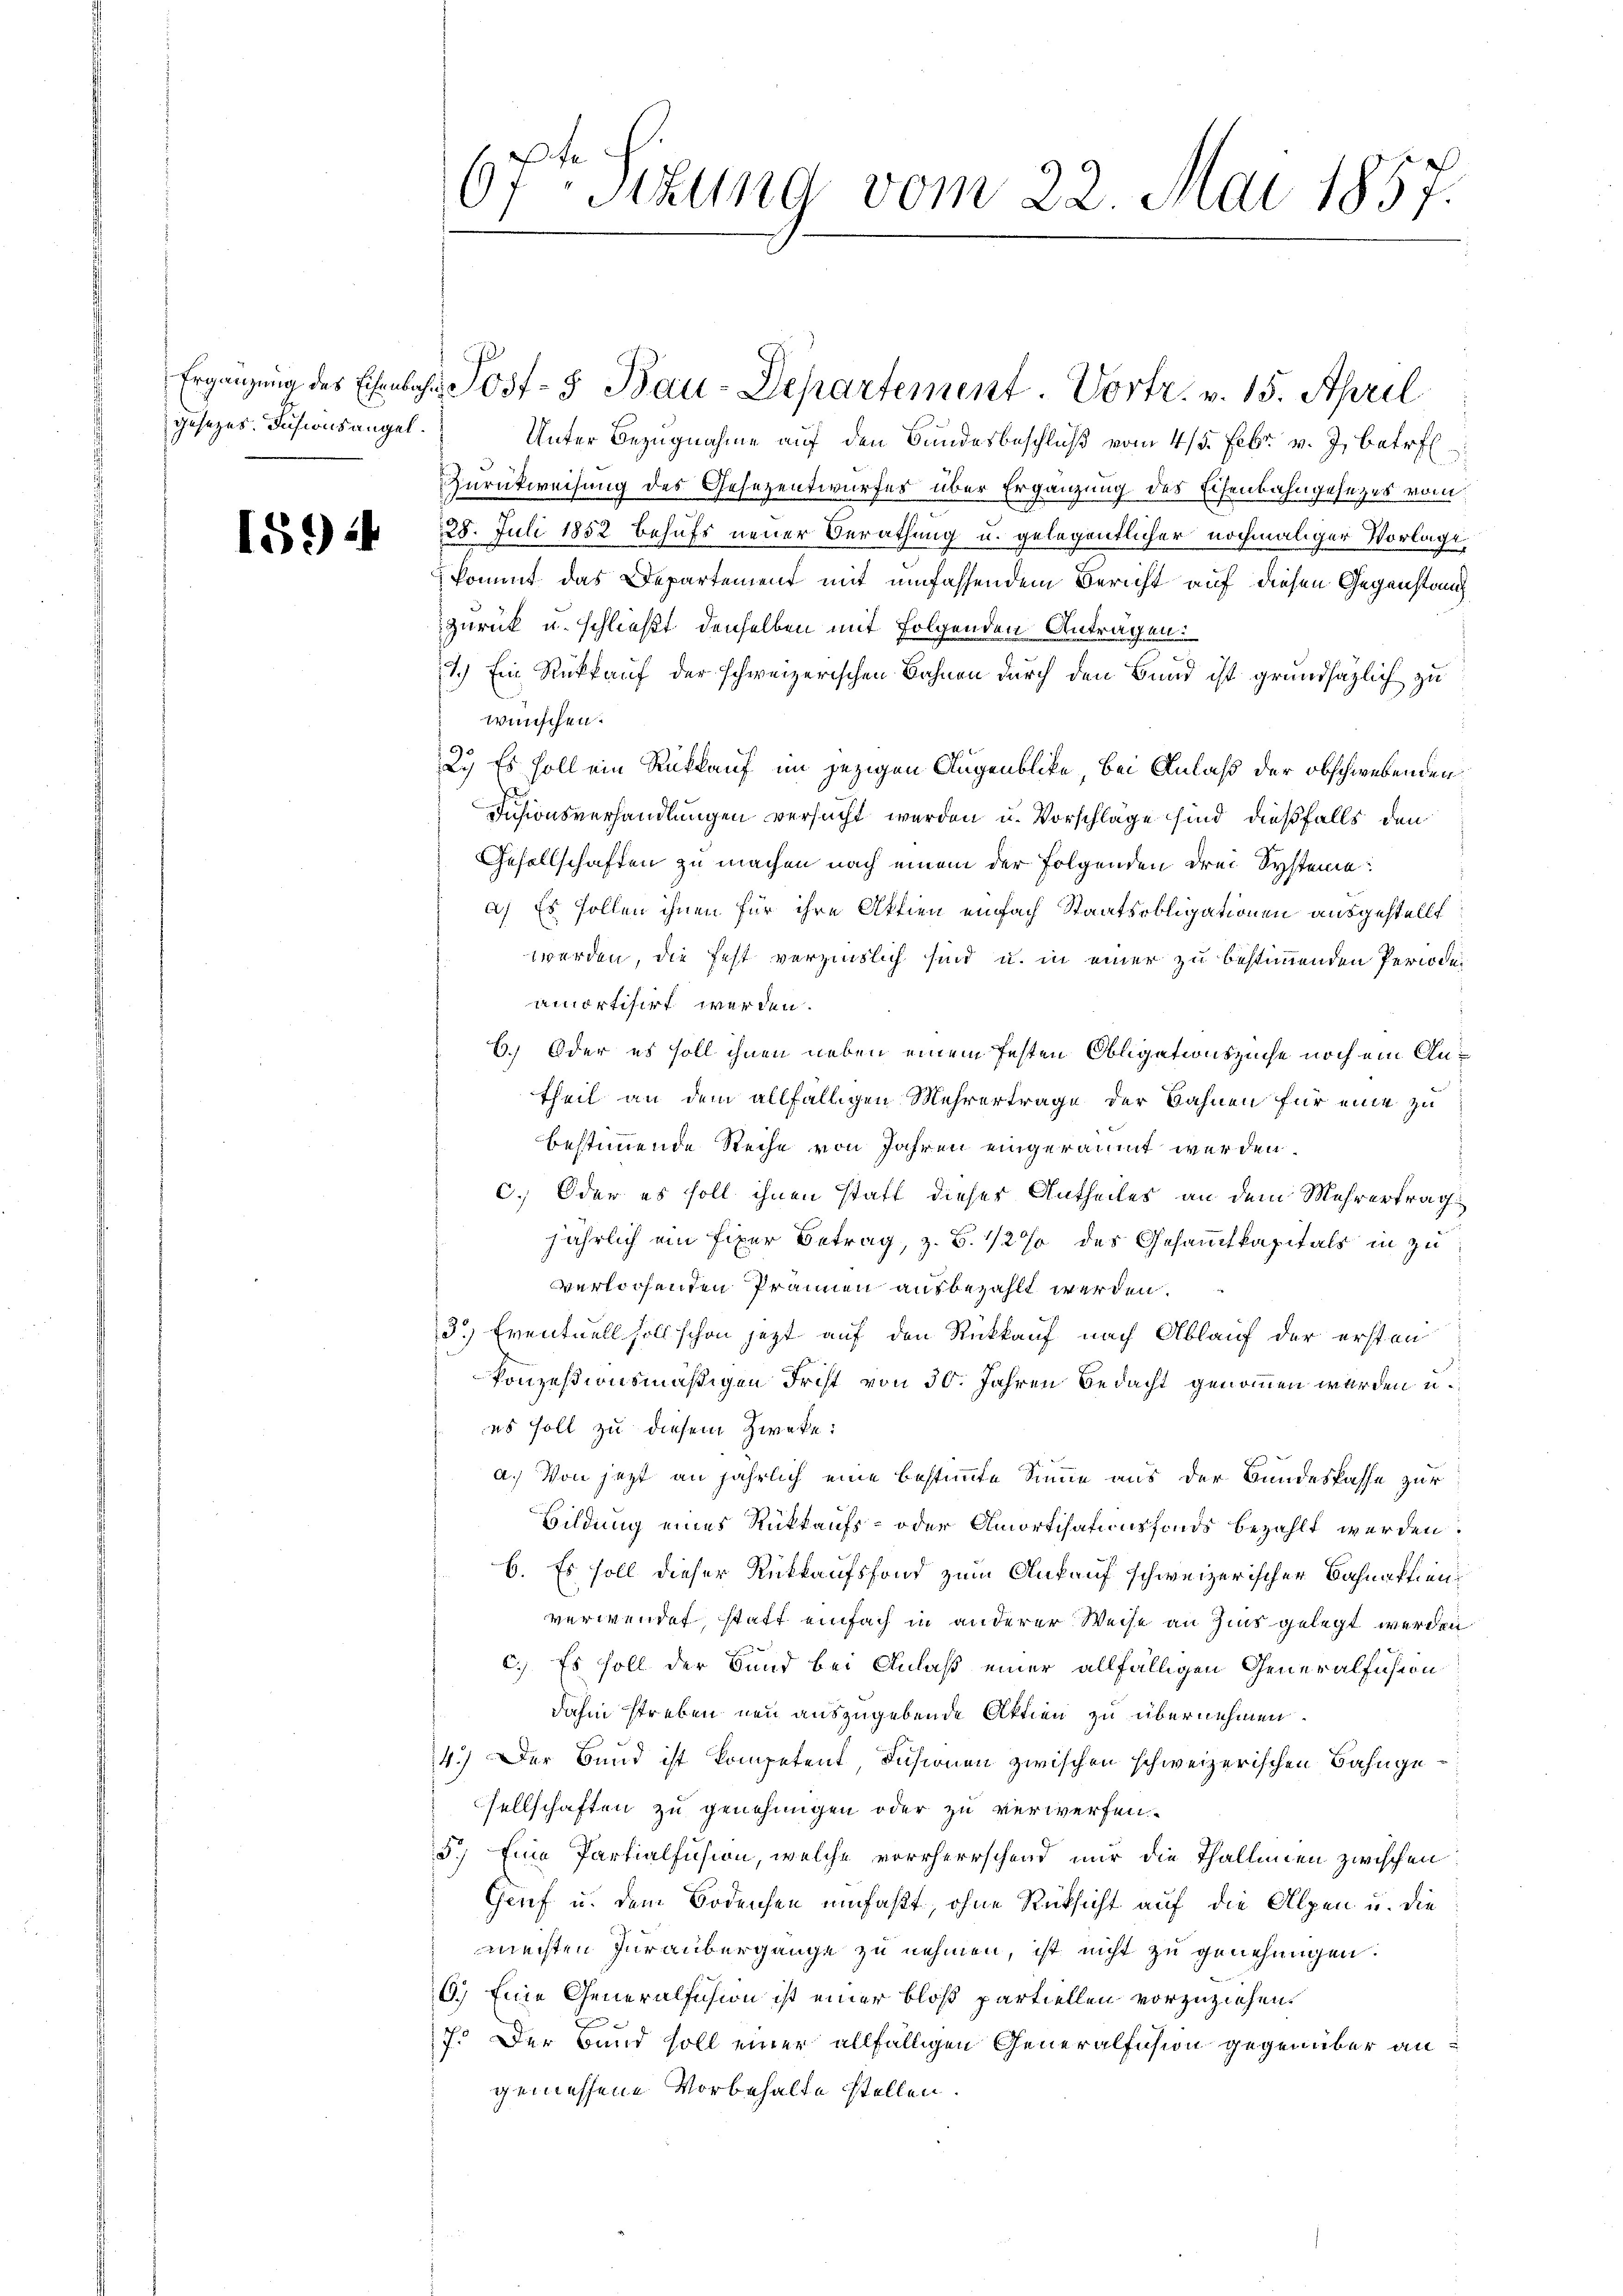
gesezes Fusionsangel.

1594

6fr. Sizung vom 22. Mai 1857.

Unter Bezugnahme auf den Bandesbeschluß vom 4/5. Febr. v. J. betref
Zurückweisung des Gesezentwurfes über Ergänzung des Eisenbahngesetzes vom
28. Juli 1852 behufs neuer Berathung u. gelegentlicher nochmaliger Vorlage,
kommt das Departement mit umfassendem Bericht auf diesen Gegenstand
zurück u. schließt denselben mit folgenden Antragen.
3.) Ein Rückkauf der schweizerischen Bahnen durch den Bund ist grundsätzlich zu
wünschen.
2. Es soll ein Rüklauf im jezigen Augenblicke, bei Anlaß der obschwebenden
Fusionsverhandlungen versucht werden u. Vorschläge sind dießfalls den
Gesellschaften zu machen nach einem der Folgenden drei Systeme:
a) Es sollen ihnen für ihre Aktien einfach Staatsobligationen ausgestellt
werden, die fest verzinslich sind u. in einer zu bestimmenden Periode
amortisirt werden.
6.) Oder es soll ihnen neben einem festen Obligationszinse noch ein Antheil an dem allfälligen Mehrertrage der Bahnen für eine zu
bestimmende Reihe von Jahren eingeräumt werden.
C. Oder es soll ihnen statt dieser Antheiles an dem Mehrertrag
jährlich ein fixer Betrag, z. B. 1/2 % des Gesamtkapitals in zuverlochenden Pränen ausbezahlt werden.
3.) Eventuell soll schon jetzt auf den Rückkauf nach Ablauf der ersten
konzesionsmäßigen Frist von 30. Jahren Bedacht genommen werden u.
es soll zu diesem Zweke:
a.) Von jezt an jährlich eine bestimmte Sinne aus der Bundeskasse zur
Bildung eines Rückkaufs- oder Amortisationsfonds bezahlt werden.
b. Es soll dieser Rückkaufsfond zum Ankauf schweizerischer Bahnaktienverwendet, statt einfach in anderer Weise an Zins gelegt werden
c.) Es soll der Bund bei Anlaß einer allfälligen Generalfusion
dahin streben neu auszugebende Aktien zu übernehmen.
4.) Der Bund ist kompetent Fusionen zwischen schweizerischen Bahngesellschaften zu genehmigen oder zu verwerfen.
5.) Eine Partialfusion, welche vorherrschend mir die Thallinien zwischen
Genf u. dem Bodensen umfaßt, ohne Rücksicht auf die Alpen u. die
mechten Juraubergange zu nehmen, ist nicht zu genehmigen.
6.) Eine Generalision ist einer bloß partiellen vorzuziehen.
7. Der Bund soll einer allfälligen Generalision gegenüber angemessene Vorbehalte stellen.

Ergänzung des Eisenbahr Post- 8. Bau-Departement. Vortr. v. 15. April